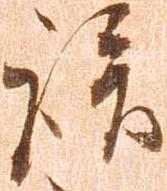
談